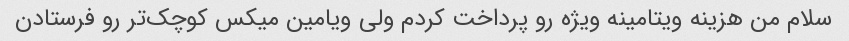
سلام من هزینه ویتامینه ویژه رو پرداخت کردم ولی ویامین میکس کوچک‌تر رو فرستادن